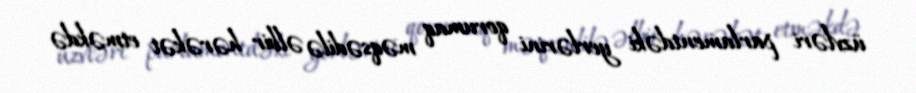
üzvləri parlamentdəki yerlərini qorumaq məqsədilə əlbir hərəkət etməkdə